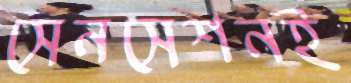
সেনসেশনই